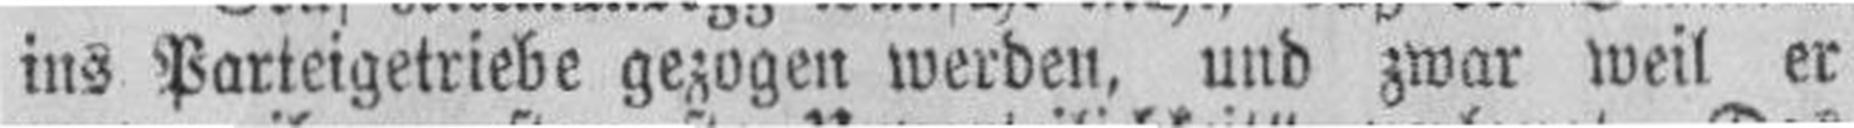
ins Parteigetriebe gezogen werden, und zwar weil er